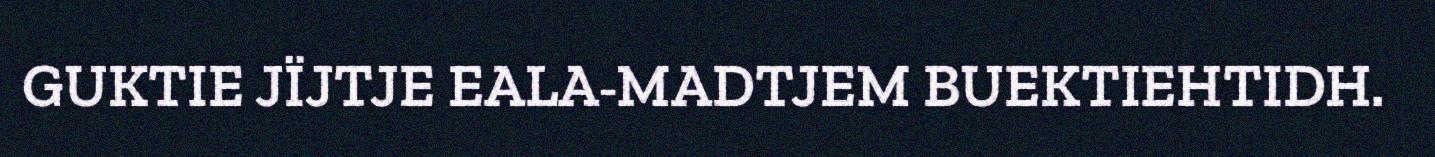
GUKTIE JÏJTJE EALA-MADTJEM BUEKTIEHTIDH.